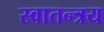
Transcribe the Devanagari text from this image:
स्वातन्त्रय